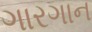
ગારગાન